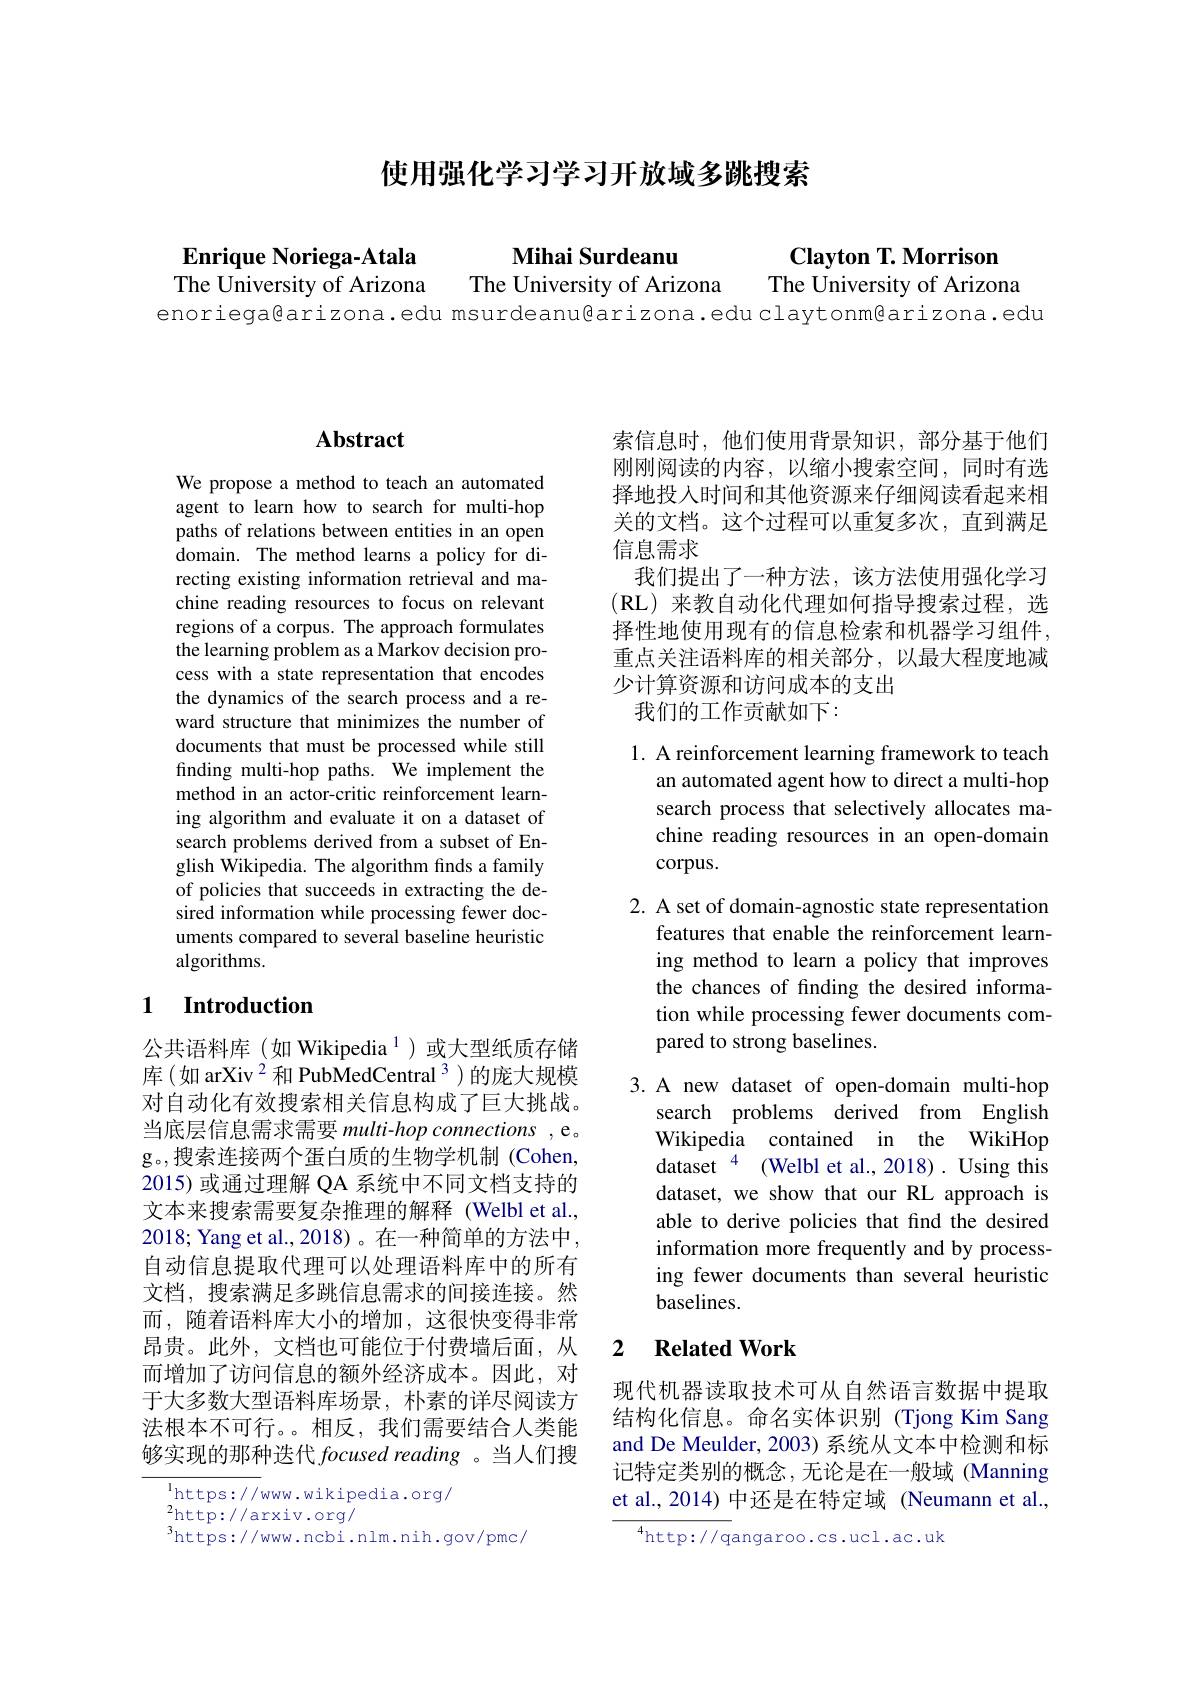
使用强化学习学习开放域多跳搜索

Mihai Surdeanu
The University of Arizona The University of Arizona The Üniversity of Arizona

$\textbf{Clayton T. Morrison}$

Enrique Noriega-Atala

enoriega@arizona.edu msurdeanu@arizona.edu claytonm@arizona.edu

# Abstract

We propose a method to teach an automated agent to learn how to search for multi-hop paths of relations between entities in an open domain. The method learns a policy for directing existing information retrieval and machine reading resources to focus on relevant regions of a corpus. The approach formulates the learning problem as a Markov decision process with a state representation that encodes the dynamics of the search process and a reward structure that minimizes the number of documents that must be processed while still finding multi-hop paths. We implement the method in an actor-critic reinforcement learning algorithm and evaluate it on a dataset of search problems derived from a subset of English Wikipedia. The algorithm finds a family of policies that succeeds in extracting the desired information while processing fewer documents compared to several baseline heuristic algorithms.

### 1 $\textbf{Introduction}$

公共语料库(如 Wikipedia$^{1}$)或大型纸质存储库(如 arXiv $^{2}$和 PubMedCentral 3)的庞大规模对自动化有效搜索相关信息构成了巨大挑战。当底层信息需求需要 multi-hop connections , e。g。,搜索连接两个蛋白质的生物学机制(Cohen, 2015) 或通过理解 QA 系统中不同文档支持的文本来搜索需要复杂推理的解释(Welbl et al., 2018; Yang et al., 2018)。在一种简单的方法中， 自动信息提取代理可以处理语料库中的所有文档，搜索满足多跳信息需求的间接连接。然而，随着语料库大小的增加，这很快变得非常昂贵。此外，文档也可能位于付费墙后面，从而增加了访问信息的额外经济成本。因此，对于大多数大型语料库场景，朴素的详尽阅读方法根本不可行。。相反，我们需要结合人类能够实现的那种迭代 focused reading 。当人们搜

$^{1}$https: / / www. wikipedia. org/
$^{2}$http://arxiv.org/
$^{3}$https://www.ncbi.nlm.nih.gov/pmc/

索信息时，他们使用背景知识，部分基于他们刚刚阅读的内容，以缩小搜索空间，同时有选择地投入时间和其他资源来仔细阅读看起来相关的文档。这个过程可以重复多次，直到满足信息需求
我们提出了一种方法，该方法使用强化学习(RL)来教自动化代理如何指导搜索过程，选择性地使用现有的信息检索和机器学习组件， 重点关注语料库的相关部分，以最大程度地减少计算资源和访问成本的支出
我们的工作贡献如下：

1. A reinforcement learning framework to teach
an automated agent how to direct a multi-hop search process that selectively allocates machine reading resources in an open-domain corpus.

2. A set of domain-agnostic state representation
features that enable the reinforcement learning method to learn a policy that improves the chances of finding the desired information while processing fewer documents compared to strong baselines.

3. A new dataset of open-domain multi-hop
search problems derived from English Wikipedia contained in the WikiHop dataset $^{4}$ (Welbl et al., 2018). Using this dataset, we show that our RL approach is able to derive policies that find the desired information more frequently and by processing fewer documents than several heuristic baselines.

## 2 $\textbf{Related Work}$

现代机器读取技术可从自然语言数据中提取结构化信息。命名实体识别 (Tjong Kim Sang and De Meulder, 2003) 系统从文本中检测和标记特定类别的概念，无论是在一般域 (Manning et al., 2014) 中还是在特定域 (Neumann et al.,

$^{4}$http://qangaroo.cs.ucl.ac.uk